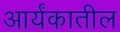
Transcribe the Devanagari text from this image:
आर्यंकातील